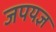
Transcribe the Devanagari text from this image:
जपयज्ञ